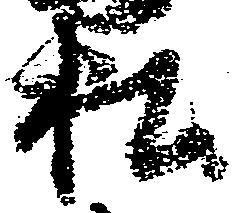
松